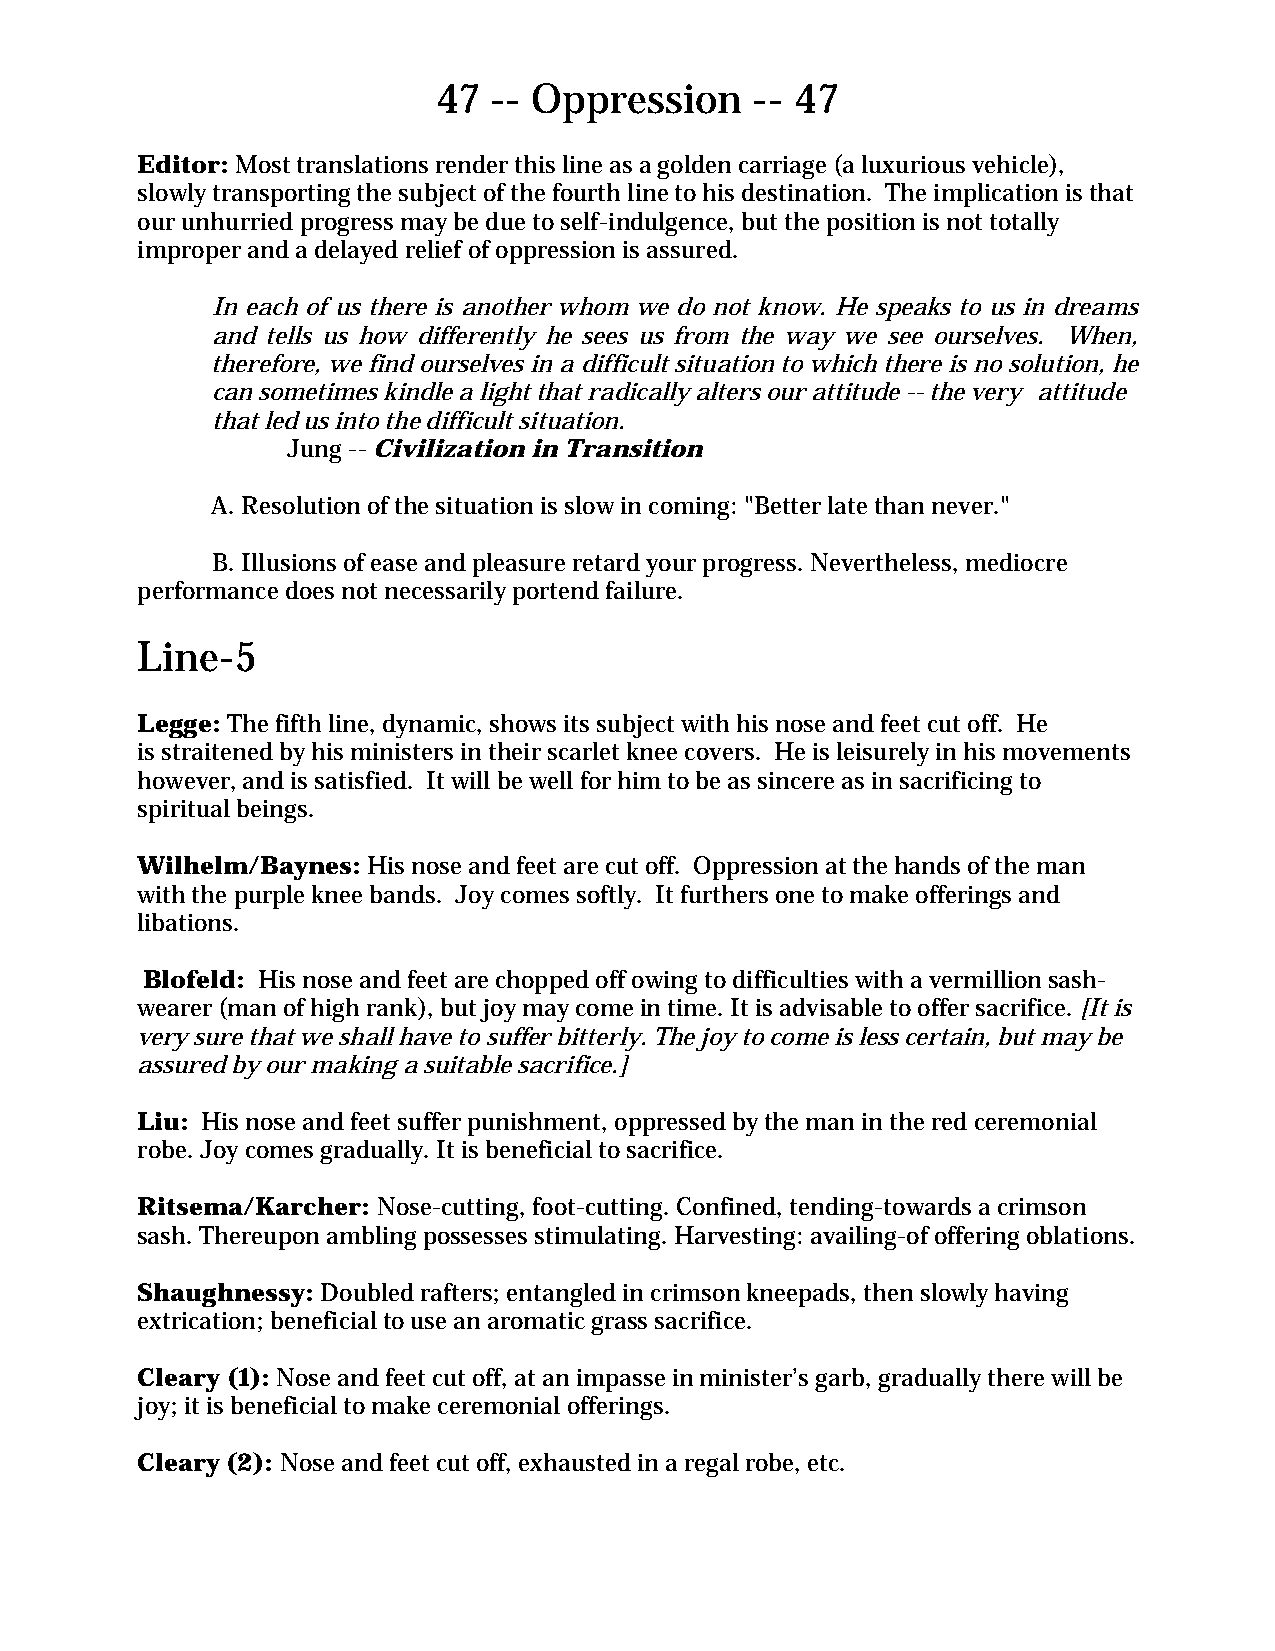
47 -- Oppression     -- 47
 Editor: Most translations render this line as a golden carriage (a luxurious vehicle),
 slowly transporting the subject of the fourth line to his destination. The implication is that
 our unhurried progress may be due to self-indulgence, but the position is not totally
 improper and a delayed relief of oppression is assured.
 In each of us there is another whom we do not know. He speaks to us in dreams
 and tells us how differently he sees us from the way we see ourselves. When,
 therefore, we find ourselves in a difficult situation to which there is no solution, he
 can sometimes kindle a light that radically alters our attitude -- the very attitude
 that led us into the difficult situation.
 Jung -- Civilization in Transition
 A. Resolution of the situation is slow in coming: "Better late than never."
 B. Illusions of ease and pleasure retard your progress. Nevertheless, mediocre
 performance does not necessarily portend failure.
 Line-5
 Legge: The fifth line, dynamic, shows its subject with his nose and feet cut off. He
 is straitened by his ministers in their scarlet knee covers. He is leisurely in his movements
 however, and is satisfied. It will be well for him to be as sincere as in sacrificing to
 spiritual beings.
 Wilhelm/Baynes: His nose and feet are cut off. Oppression at the hands of the man
 with the purple knee bands. Joy comes softly. It furthers one to make offerings and
 libations.
 Blofeld: His nose and feet are chopped off owing to difficulties with a vermillion sash-
 wearer (man of high rank), but joy may come in time. It is advisable to offer sacrifice. [It is
 very sure that we shall have to suffer bitterly. The joy to come is less certain, but may be
 assured by our making a suitable sacrifice.]
 Liu: His nose and feet suffer punishment, oppressed by the man in the red ceremonial
 robe. Joy comes gradually. It is beneficial to sacrifice.
 Ritsema/Karcher: Nose-cutting, foot-cutting. Confined, tending-towards a crimson
 sash. Thereupon ambling possesses stimulating. Harvesting: availing-of offering oblations.
 Shaughnessy: Doubled rafters; entangled in crimson kneepads, then slowly having
 extrication; beneficial to use an aromatic grass sacrifice.
 Cleary (1): Nose and feet cut off, at an impasse in minister’s garb, gradually there will be
 joy; it is beneficial to make ceremonial offerings.
 Cleary (2): Nose and feet cut off, exhausted in a regal robe, etc.